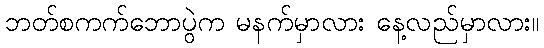
ဘတ်စကက်ဘောပွဲက မနက်မှာလား နေ့လည်မှာလား။